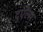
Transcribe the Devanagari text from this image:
दुएल्स्